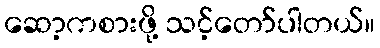
ဆော့ကစားဖို့ သင့်တော်ပါတယ်။